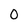
Character: 0